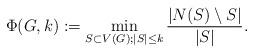
LaTeX: \begin{align*}\Phi (G,k) := \min_{S\subset V(G); |S| \leq k} \frac{|N(S)\setminus S|}{|S|} .\end{align*}